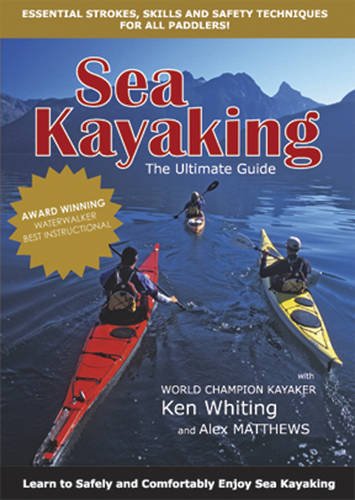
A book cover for Sea Kayaking - The Ultimate Guide: Learn to Safely and Comfortably Enjoy Sea Kayaking; Ken Whiting; Sports & Outdoors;